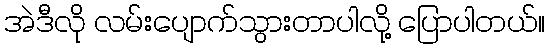
အဲဒီလို လမ်းပျောက်သွားတာပါလို့ ပြောပါတယ်။